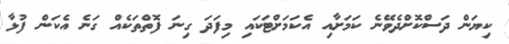
ކިޔަން ދަސްކޮށްދެވޭނެ ކަމަށާއި އެކަމަށްޓަކައި މިފަދަ ގިނަ ފޮތްތަކެއް ގަނެ އެކަން ފުޅާ